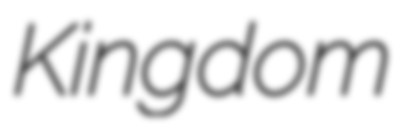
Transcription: Kingdom